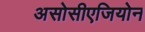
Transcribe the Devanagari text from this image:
असोसीएजियोन